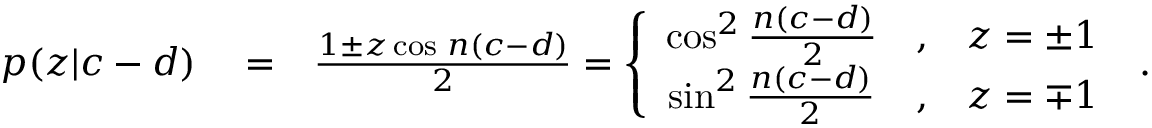
\begin{array} { r l r } { p ( z | c - d ) } & { { } = } & { \frac { 1 \pm z \cos \, n ( c - d ) } { 2 } = \left\{ \begin{array} { c c c } { \cos ^ { 2 } \frac { n ( c - d ) } { 2 } } & { , } & { z = \pm 1 } \\ { \sin ^ { 2 } \frac { n ( c - d ) } { 2 } } & { , } & { z = \mp 1 } \end{array} \right. \; . } \end{array}